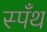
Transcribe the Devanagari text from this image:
स्पँथ